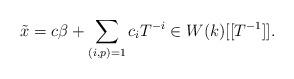
LaTeX: \begin{align*}\tilde{x}= c \beta + \sum_{(i,p)=1} c_i T^{-i} \in W(k)[[T^{-1}]].\end{align*}